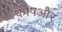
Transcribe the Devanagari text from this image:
कोषऔर